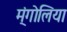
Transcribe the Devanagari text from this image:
म्ंगोलिया